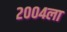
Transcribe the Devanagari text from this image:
२००४ला